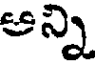
అన్ని